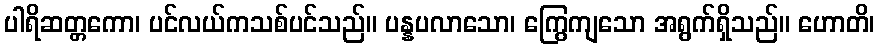
ပါရိဆတ္တကော၊ ပင်လယ်ကသစ်ပင်သည်။ ပန္နပလာသော၊ ကြွေကျသော အရွက်ရှိသည်။ ဟောတိ၊